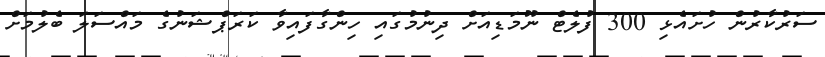
ސަރުކާރުން ހުށައެޅި 300 ފުލެޓް ނޫމަޑިއަށް ދިނުމުގައި ހިންގާފައިވާ ކަރަޕްޝަނުގެ މައްސަލަ ބެލުމަށް